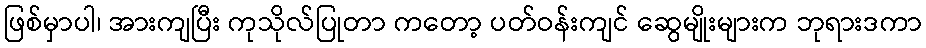
ဖြစ်မှာပါ၊ အားကျပြီး ကုသိုလ်ပြုတာ ကတော့ ပတ်ဝန်းကျင် ဆွေမျိုးများက ဘုရားဒကာ